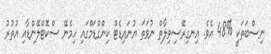
ނިސްބަތަކީ %48 އެވެ. އިނގިރޭސިވިލާތް ނުވަތަ ޔުނައިޑެޓް ކިންގްޑަމްގައި ހިމެނޭ ސްކޮޓްލޭންޑާއި އުތުރު